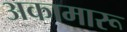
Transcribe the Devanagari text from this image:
अकामारू